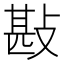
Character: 㪛